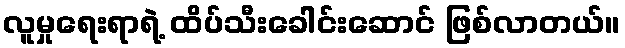
လူမှုရေးရာရဲ့ ထိပ်သီးခေါင်းဆောင် ဖြစ်လာတယ်။